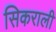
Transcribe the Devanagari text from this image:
सिकराली